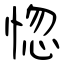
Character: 惚